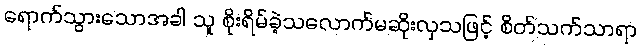
ရောက်သွားသောအခါ သူ စိုးရိမ်ခဲ့သလောက်မဆိုးလှသဖြင့် စိတ်သက်သာရာ